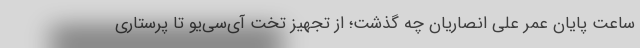
ساعت پایان عمر علی انصاریان چه گذشت؛ از تجهیز تخت آی‌سی‌یو تا پرستاری